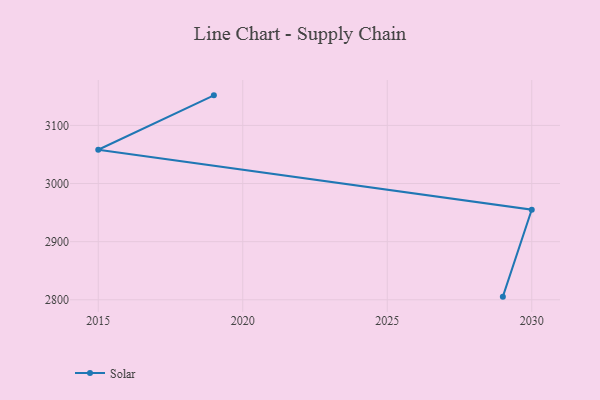
{"axis": {"x": "Year", "y": "Headcount"}, "legend": ["Solar"], "data": [{"x": "2029", "y": 2805.4, "type": "Solar"}, {"x": "2030", "y": 2955.0, "type": "Solar"}, {"x": "2015", "y": 3058.1, "type": "Solar"}, {"x": "2019", "y": 3151.7, "type": "Solar"}]}